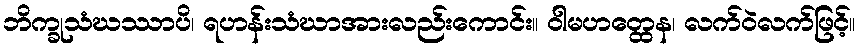
ဘိက္ခုသံဃဿာပိ၊ ရဟန်းသံဃာအားလည်းကောင်း။ ဝါမဟတ္ထေန၊ လက်ဝဲလက်ဖြင့်။